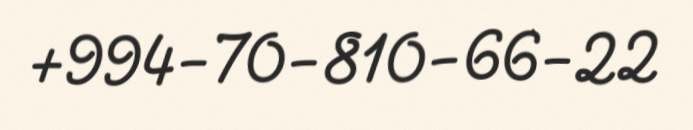
+994-70-810-66-22